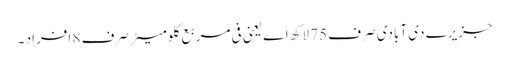
جزیرے دی آبادی صرف 75 لاکھ اے یعنی فی مربع کلومیٹر صرف 8 افراد ۔